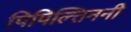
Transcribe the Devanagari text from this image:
पिपिल्तिननी